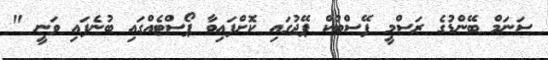
ސަނަމް ބޭންޑުގެ ރަސްމީ ފޭސްބުކް ޕޭޖުގައި ކޮށްފައިވާ ޕޯސްޓެއްގައި ބުނެފައި ވަނީ "